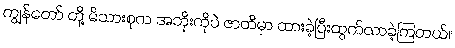
ကျွန်တော် တို့ မိသားစုက အဘိုးကိုပဲ ဇာတိမှာ ထားခဲ့ပြီးထွက်လာခဲ့ကြတယ်။